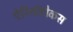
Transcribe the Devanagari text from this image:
ऐरिनॉटोकस